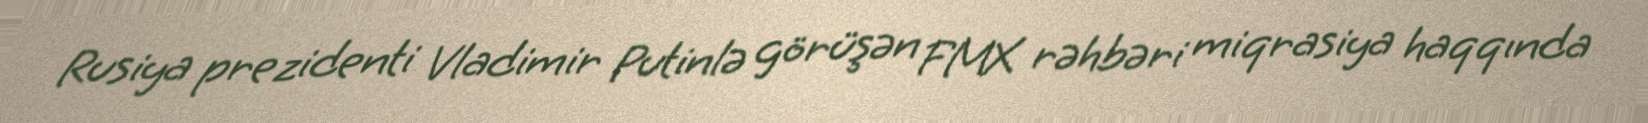
Rusiya prezidenti Vladimir Putinlə görüşən FMX rəhbəri miqrasiya haqqında